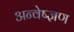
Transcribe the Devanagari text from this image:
अन्वेष्ज्ञण